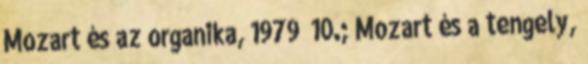
Mozart és az organika, 1979 10.; Mozart és a tengely,